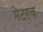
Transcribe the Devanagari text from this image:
मेटरक